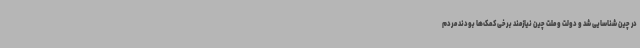
در چین شناسایی شد و دولت و ملت چین نیازمند برخی کمک‌ها بودند مردم